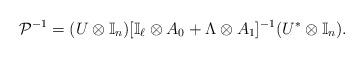
LaTeX: \begin{align*}\mathcal{P}^{-1} = (U \otimes \mathbb{I}_n)[\mathbb{I}_\ell \otimes A_0 + \Lambda \otimes A_1]^{-1}(U^{*}\otimes \mathbb{I}_n).\end{align*}